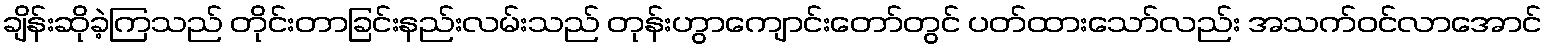
ချိန်းဆိုခဲ့ကြသည် တိုင်းတာခြင်းနည်းလမ်းသည် တုန်းဟွာကျောင်းတော်တွင် ပတ်ထားသော်လည်း အသက်ဝင်လာအောင်